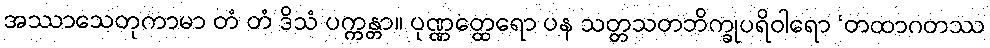
အဿာသေတုကာမာ တံ တံ ဒိသံ ပက္ကန္တာ။ ပုဏ္ဏတ္ထေရော ပန သတ္တသတဘိက္ခုပရိဝါရော ‘တထာဂတဿ